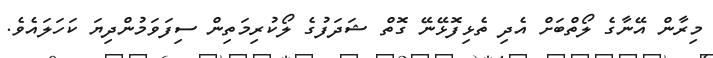
މިރާން އޭނާގެ ލޯތްބަށް އެދި ތެޅިފޮޅޭނޭ ގޮތް ޝަދަފުގެ ލޯކުރިމަތިން ސިފަވަމުންދިޔަ ކަހަލައެވެ.